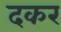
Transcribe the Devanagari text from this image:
दकर